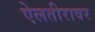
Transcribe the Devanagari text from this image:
ऐलतीरावर